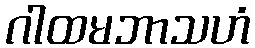
ဂါထမဘာသဟံ